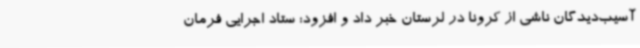
آسیب‌دیدگان ناشی از کرونا در لرستان خبر داد و افزود: ستاد اجرایی فرمان